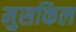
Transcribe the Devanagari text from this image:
मुसकिल